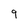
Character: 9